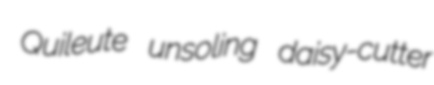
Quileute unsoling daisy-cutter